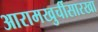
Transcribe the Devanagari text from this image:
आरामखुर्चीसारखा